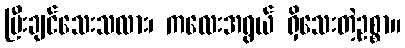
ပြီးချင်သေးသလား၊ ကလေးအရွယ် ရှိသေးတဲ့ဥစ္စာ။